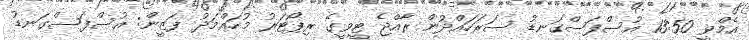
އެމްވީ 13:50 އުސްފަސްގަނޑު ސަރަހައްދުން ރާއްޖެ ޓީވީގެ ރިޕޯޓަރު މުހައްމަދު ފަޒީން: އުސްފަސްގަނޑު